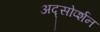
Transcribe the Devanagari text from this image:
अद्सोर्प्शन